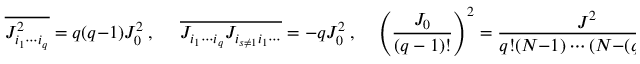
\overline { { J _ { i _ { 1 } \cdots i _ { q } } ^ { 2 } } } = q ( q - 1 ) J _ { 0 } ^ { 2 } ~ , \ \ \ \ \ \ \overline { { J _ { i _ { 1 } \cdots i _ { q } } J _ { i _ { s \neq 1 } i _ { 1 } \cdots } } } = - q J _ { 0 } ^ { 2 } ~ , \ \ \ \ \ \left( \frac { J _ { 0 } } { ( q - 1 ) ! } \right) ^ { 2 } = \frac { J ^ { 2 } } { q ! ( N { - } 1 ) \cdots ( N { - } ( q { - } 1 ) ) } ~ .